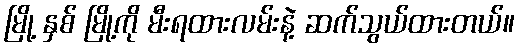
မြို့ နှစ် မြို့ကို မီးရထားလမ်းနဲ့ ဆက်သွယ်ထားတယ်။